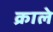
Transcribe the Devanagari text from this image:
क्राले